Annual report of the Bengal Veterinary College, and of the Civil Veterinary Department, Bengal, for the year 1901-1902 - 1901-1902
Year: 1901
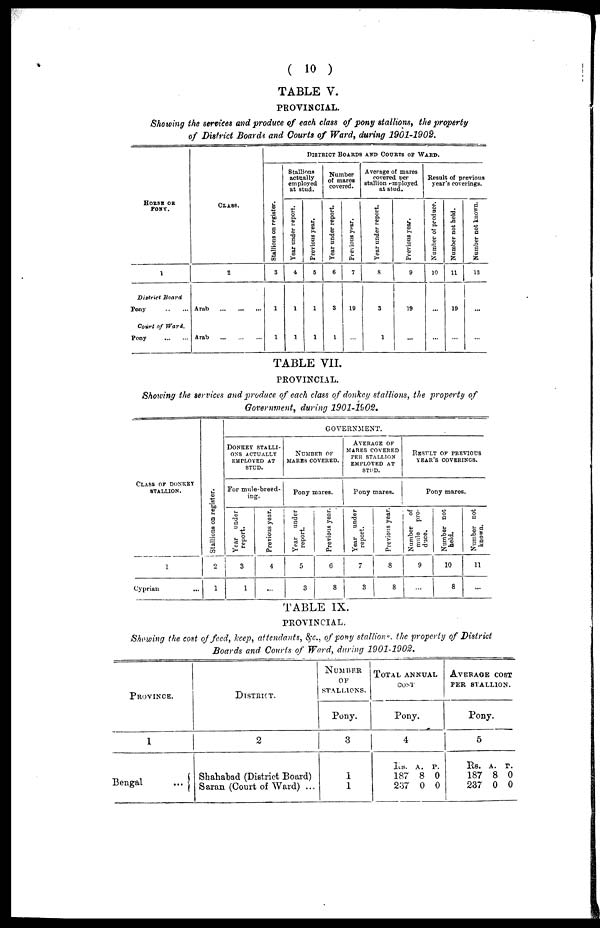
( 10 )
TABLE V.
PROVINCIAL.
Showing the services and produce of each class of pony stallions, the property
of District Boards and Courts of Ward, during 1901-1902.
HORSE OF
PONY
1
District Board
Pony
...
...
Court of Ward.
Pony
...
...
CLASS.
2
Arab
...
...
...
Arab
...
...
...
DISTRICT BOARDS AND COURTS OF WARD.
Stallions on register.
3
1
1
Stallions
actually
employed
at stud.
Year under report.
4
1
1
Previous year.
5
1
1
Number
of mares
covered.
Tear under report.
6
3
1
Previous year.
7
19
...
Average of mares
covered per
stallion employed
at stud.
Year under report.
8
3
1
Previous year.
9
19
...
Result of previous
year's coverings.
Number of produce.
10
...
...
Number not held.
11
19
...
Number not known.
12
...
...
TABLE VII.
PROVINCIAL.
Showing the services and produce of each class of donkey stallions, the property of
Government, during 1901-1902.
CLASS OF DONKEY STALLION.
1
Cyprian ...
Stallions on register.
2
1
GOVERNMENT.
DONKEY STALLI¬ONS ACTUALLY EMPLOYED AT STUD.
For mule-breed-
ing.
Year under
report.
3
1
Previous year.
4
...
NUMBER OF MARES COVERED.
Pony mares.
Year under
report.
5
3
Previous year.
6
8
AVERAGE OF
MARES COVERED
PER STALLION
EMPLOYED AT
STUD.
Pony mares.
Year under
report.
7
3
Previous year.
8
8
RESULT OF PREVIOUS YEAR'S COVERINGS
Pony mares.
Number
of
mule
pro-
duce.
9
...
Number not
held.
10
8
Number not
known.
11
...
TABLE IX.
PROVINCIAL.
Showing the cost of feed, keep, attendants, &c., of pony stallions. the property of District
Boards and Courts of Ward, during 1901-1902.
PROVINCE.
1
Bengal
...
DISTRICT.
2
Shahatad (District Board)
Saran (Court of Ward) ...
NUMBER
OF STALLIONS.
Pony.
3
1
1
TOTAL ANNUAL
COST
Pony.
4
Rs.
187
237
A.
8
0
P.
0
0
AVERAGE COST PER STALLION.
Pony.
5
Rs.
187
237
A.
8
0
P.
0
0